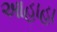
આહાહા